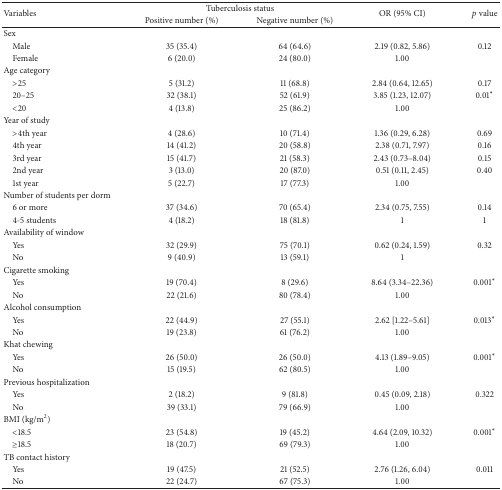
<table><thead><tr><td rowspan="2"><b>Variables</b></td><td colspan="2"><b>Tuberculosis status </b></td><td rowspan="2"><b>OR (95% CI)</b></td><td rowspan="2"><b><i>p</i> value</b></td></tr><tr><td><b>Positive number (%)</b></td><td><b>Negative number (%) </b></td></tr></thead><tbody><tr><td>Sex</td><td> </td><td> </td><td> </td><td> </td></tr><tr><td> Male</td><td>35 (35.4)</td><td>64 (64.6)</td><td>2.19 (0.82, 5.86)</td><td>0.12</td></tr><tr><td> Female</td><td>6 (20.0)</td><td>24 (80.0)</td><td>1.00</td><td> </td></tr><tr><td>Age category</td><td> </td><td> </td><td> </td><td> </td></tr><tr><td> &gt;25</td><td> 5 (31.2)</td><td>11 (68.8)</td><td>2.84 (0.64, 12.65)</td><td>0.17</td></tr><tr><td> 20–25</td><td>32 (38.1)</td><td>52 (61.9)</td><td>3.85 (1.23, 12.07)</td><td>0.01<sup><i>∗</i></sup></td></tr><tr><td> &lt;20</td><td>4 (13.8)</td><td>25 (86.2)</td><td>1.00</td><td> </td></tr><tr><td>Year of study</td><td> </td><td> </td><td> </td><td> </td></tr><tr><td> &gt;4th year</td><td>4 (28.6)</td><td>10 (71.4)</td><td>1.36 (0.29, 6.28)</td><td>0.69</td></tr><tr><td> 4th year</td><td>14 (41.2)</td><td>20 (58.8)</td><td>2.38 (0.71, 7.97)</td><td>0.16</td></tr><tr><td> 3rd year</td><td>15 (41.7)</td><td>21 (58.3)</td><td>2.43 (0.73–8.04)</td><td>0.15</td></tr><tr><td> 2nd year</td><td>3 (13.0)</td><td>20 (87.0)</td><td>0.51 (0.11, 2.45)</td><td>0.40</td></tr><tr><td> 1st year</td><td>5 (22.7)</td><td>17 (77.3)</td><td>1.00</td><td> </td></tr><tr><td>Number of students per dorm</td><td> </td><td> </td><td> </td><td> </td></tr><tr><td> 6 or more</td><td>37 (34.6)</td><td>70 (65.4)</td><td>2.34 (0.75, 7.55)</td><td>0.14</td></tr><tr><td> 4-5 students</td><td>4 (18.2)</td><td>18 (81.8)</td><td>1</td><td>1</td></tr><tr><td>Availability of window</td><td> </td><td> </td><td> </td><td> </td></tr><tr><td> Yes</td><td>32 (29.9)</td><td>75 (70.1)</td><td>0.62 (0.24, 1.59)</td><td>0.32</td></tr><tr><td> No</td><td>9 (40.9)</td><td>13 (59.1)</td><td>1</td><td> </td></tr><tr><td>Cigarette smoking</td><td> </td><td> </td><td> </td><td> </td></tr><tr><td> Yes</td><td>19 (70.4)</td><td>8 (29.6)</td><td>8.64 (3.34–22.36)</td><td>0.001<sup><i>∗</i></sup></td></tr><tr><td> No</td><td>22 (21.6)</td><td>80 (78.4)</td><td>1.00</td><td> </td></tr><tr><td>Alcohol consumption</td><td> </td><td> </td><td> </td><td> </td></tr><tr><td> Yes</td><td>22 (44.9)</td><td>27 (55.1)</td><td>2.62 [1.22–5.61]</td><td>0.013<sup><i>∗</i></sup></td></tr><tr><td> No</td><td>19 (23.8)</td><td>61 (76.2)</td><td>1.00</td><td> </td></tr><tr><td>Khat chewing</td><td> </td><td> </td><td> </td><td> </td></tr><tr><td> Yes</td><td>26 (50.0)</td><td>26 (50.0)</td><td>4.13 (1.89–9.05)</td><td>0.001<sup><i>∗</i></sup></td></tr><tr><td> No</td><td>15 (19.5)</td><td>62 (80.5)</td><td>1.00</td><td> </td></tr><tr><td>Previous hospitalization</td><td> </td><td> </td><td> </td><td> </td></tr><tr><td> Yes</td><td>2 (18.2)</td><td>9 (81.8)</td><td>0.45 (0.09, 2.18)</td><td>0.322</td></tr><tr><td> No</td><td>39 (33.1)</td><td>79 (66.9)</td><td>1.00</td><td> </td></tr><tr><td>BMI (kg/m<sup>2</sup>)</td><td> </td><td> </td><td> </td><td> </td></tr><tr><td> &lt;18.5</td><td>23 (54.8)</td><td>19 (45.2)</td><td>4.64 (2.09, 10.32)</td><td>0.001<sup><i>∗</i></sup></td></tr><tr><td> ≥18.5</td><td>18 (20.7)</td><td>69 (79.3)</td><td>1.00</td><td> </td></tr><tr><td>TB contact history</td><td> </td><td> </td><td> </td><td> </td></tr><tr><td> Yes</td><td>19 (47.5)</td><td>21 (52.5)</td><td>2.76 (1.26, 6.04)</td><td>0.011</td></tr><tr><td> No</td><td>22 (24.7)</td><td>67 (75.3)</td><td>1.00</td><td> </td></tr></tbody></table>